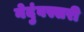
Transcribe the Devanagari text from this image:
नेदुंबस्सरी